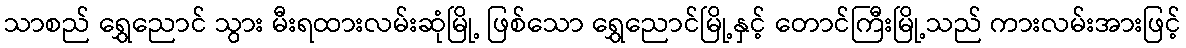
သာစည် ရွှေညောင် သွား မီးရထားလမ်းဆုံမြို့ ဖြစ်သော ရွှေညောင်မြို့နှင့် တောင်ကြီးမြို့သည် ကားလမ်းအားဖြင့်